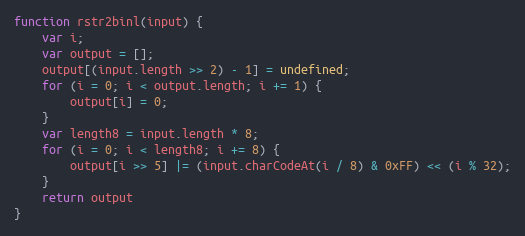
Language: JavaScript
function rstr2binl(input) {
    var i;
    var output = [];
    output[(input.length >> 2) - 1] = undefined;
    for (i = 0; i < output.length; i += 1) {
        output[i] = 0;
    }
    var length8 = input.length * 8;
    for (i = 0; i < length8; i += 8) {
        output[i >> 5] |= (input.charCodeAt(i / 8) & 0xFF) << (i % 32);
    }
    return output
}